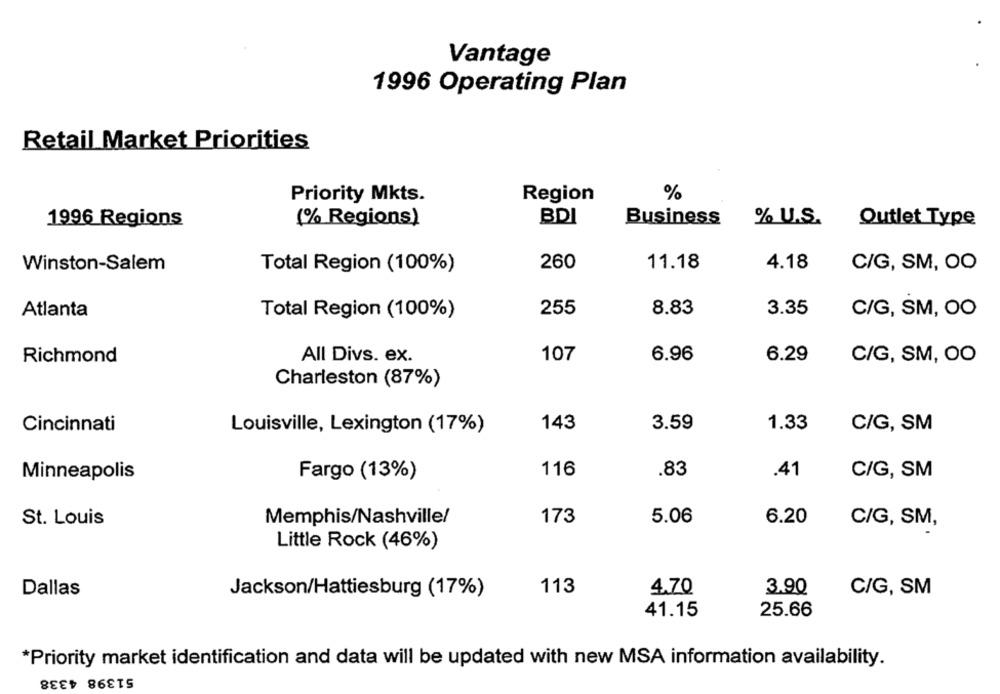
Vantage
1996 Operating Plan
Retail Market Priorities
Priority Mkts.
Region
%
1996 Regions
(% Regions)
BDI
Business
% U.S. Outlet Type
11.18
Winston-Salem
Total Region (100%)
260
4.18
C/G, SM, OO
255
8.83
3.35
Atlanta
Total Region (100%)
C/G, SM, OO
Richmond
All Divs. ex.
107
6.96
6.29
C/G, SM, OO
Charleston (87%)
Cincinnati
Louisville, Lexington (17%)
143
3.59
1.33
C/G, SM
116
.83
Minneapolis
Fargo (13%)
.41
C/G, SM
St. Louis
Memphis/Nashville/
173
5.06
6.20
C/G, SM,
Little Rock (46%)
113
4.70
Dallas
Jackson/Hattiesburg (17%)
3.90
C/G, SM
41.15
25.66
*Priority market identification and data will be updated with new MSA information availability.
51398 4338